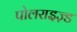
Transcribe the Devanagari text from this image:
पोलराइज़्ड